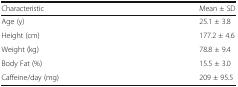
<table><thead><tr><td><b>Characteristic</b></td><td><b>Mean ± SD</b></td></tr></thead><tbody><tr><td>Age (y)</td><td>25.1 ± 3.8</td></tr><tr><td>Height (cm)</td><td>177.2 ± 4.6</td></tr><tr><td>Weight (kg)</td><td>78.8 ± 9.4</td></tr><tr><td>Body Fat (%)</td><td>15.5 ± 3.0</td></tr><tr><td>Caffeine/day (mg)</td><td>209 ± 95.5</td></tr></tbody></table>